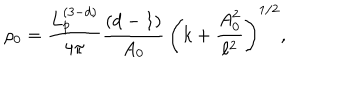
\rho _ { 0 } = \frac { L _ { p } ^ { ( 3 - d ) } } { 4 \pi } \frac { ( d - 1 ) } { A _ { 0 } } \, \left( k + \frac { A _ { 0 } ^ { 2 } } { \ell ^ { 2 } } \right) ^ { 1 / 2 } ,